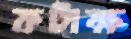
কটাক্ষ